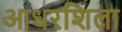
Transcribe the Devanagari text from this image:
आधरशिला